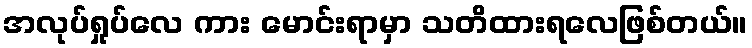
အလုပ်ရှုပ်လေ ကား မောင်းရာမှာ သတိထားရလေဖြစ်တယ်။